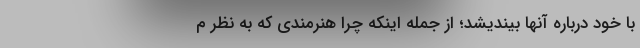
با خود درباره آنها بیندیشد؛ از جمله اینکه چرا هنرمندی که به نظر م